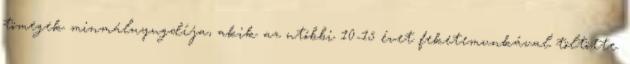
tömegek minmálnyugdíja, akik az utóbbi 10-15 évet feketemunkával töltötte.